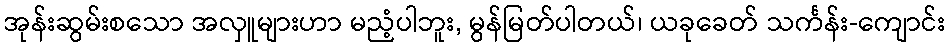
အုန်းဆွမ်းစသော အလှူများဟာ မညံ့ပါဘူး, မွန်မြတ်ပါတယ်၊ ယခုခေတ် သင်္ကန်း-ကျောင်း